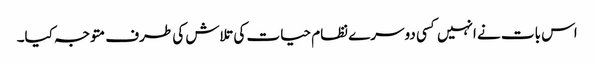
اس بات نے انہیں کسی دوسرے نظام حیات کی تلاش کی طرف متوجہ کیا۔